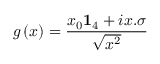
g \left( x \right) = \frac { x _ { 0 } \mathbf { 1 } _ { 4 } + i x . \sigma } { \sqrt { x ^ { 2 } } }